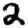
Digit: 2